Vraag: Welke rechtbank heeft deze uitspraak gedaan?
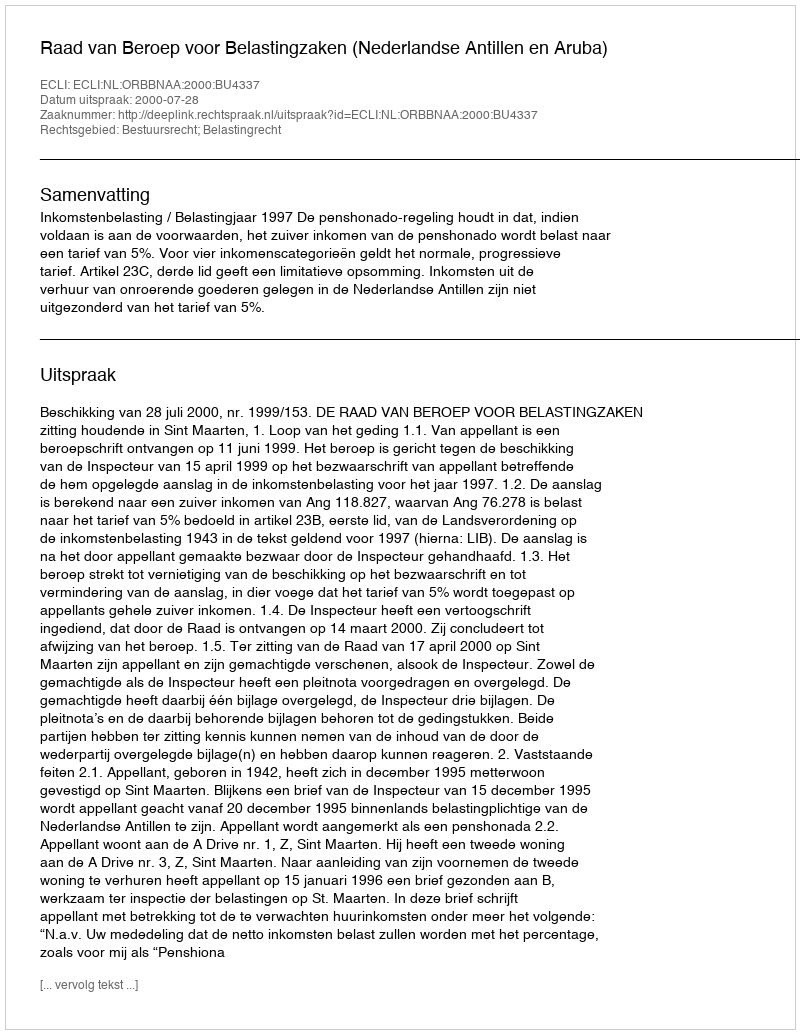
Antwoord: Raad van Beroep voor Belastingzaken (Nederlandse Antillen en Aruba)